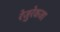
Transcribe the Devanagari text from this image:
रेज़ुरेकजा